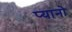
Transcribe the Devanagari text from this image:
प्यानो